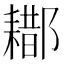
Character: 䣢